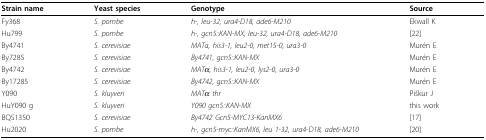
<table><thead><tr><td><b>Strain name</b></td><td><b>Yeast species</b></td><td><b>Genotype</b></td><td><b>Source</b></td></tr></thead><tbody><tr><td>Fy368</td><td><i>S. pombe</i></td><td><i>h-, leu-32, ura4-D18, ade6-M210</i></td><td>Ekwall K</td></tr><tr><td>Hu799</td><td><i>S. pombe</i></td><td><i>h-, gcn5::KAN-MX, leu-32, ura4-D18, ade6-M210</i></td><td>[22]</td></tr><tr><td>By4741</td><td><i>S. cerevisiae</i></td><td><i>MATa, his3-1, leu2-0, met15-0, ura3-0</i></td><td>Murén E</td></tr><tr><td>By7285</td><td><i>S. cerevisiae</i></td><td><i>By4741, gcn5::KAN-MX</i></td><td>Murén E</td></tr><tr><td>By4742</td><td><i>S. cerevisiae</i></td><td><i>MATα, his3-1, leu2-0, lys2-0, ura3-0</i></td><td>Murén E</td></tr><tr><td>By17285</td><td><i>S. cerevisiae</i></td><td><i>By4742, gcn5::KAN-MX</i></td><td>Murén E</td></tr><tr><td>Y090</td><td><i>S. kluyveri</i></td><td><i>MATα thr</i></td><td>Piškur J</td></tr><tr><td>HuY090 g</td><td><i>S. kluyveri</i></td><td><i>Y090 gcn5::KAN-MX</i></td><td>this work</td></tr><tr><td>BQS1350</td><td><i>S. cerevisiae</i></td><td><i>By4742 Gcn5-MYC13-KanMX6</i></td><td>[17]</td></tr><tr><td>Hu2020</td><td><i>S. pombe</i></td><td><i>h-, gcn5-myc::KanMX6, leu 1-32, ura4-D18, ade6-M210</i></td><td>[20]</td></tr></tbody></table>